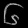
Digit: ၆